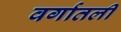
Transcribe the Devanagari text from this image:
वर्गातली